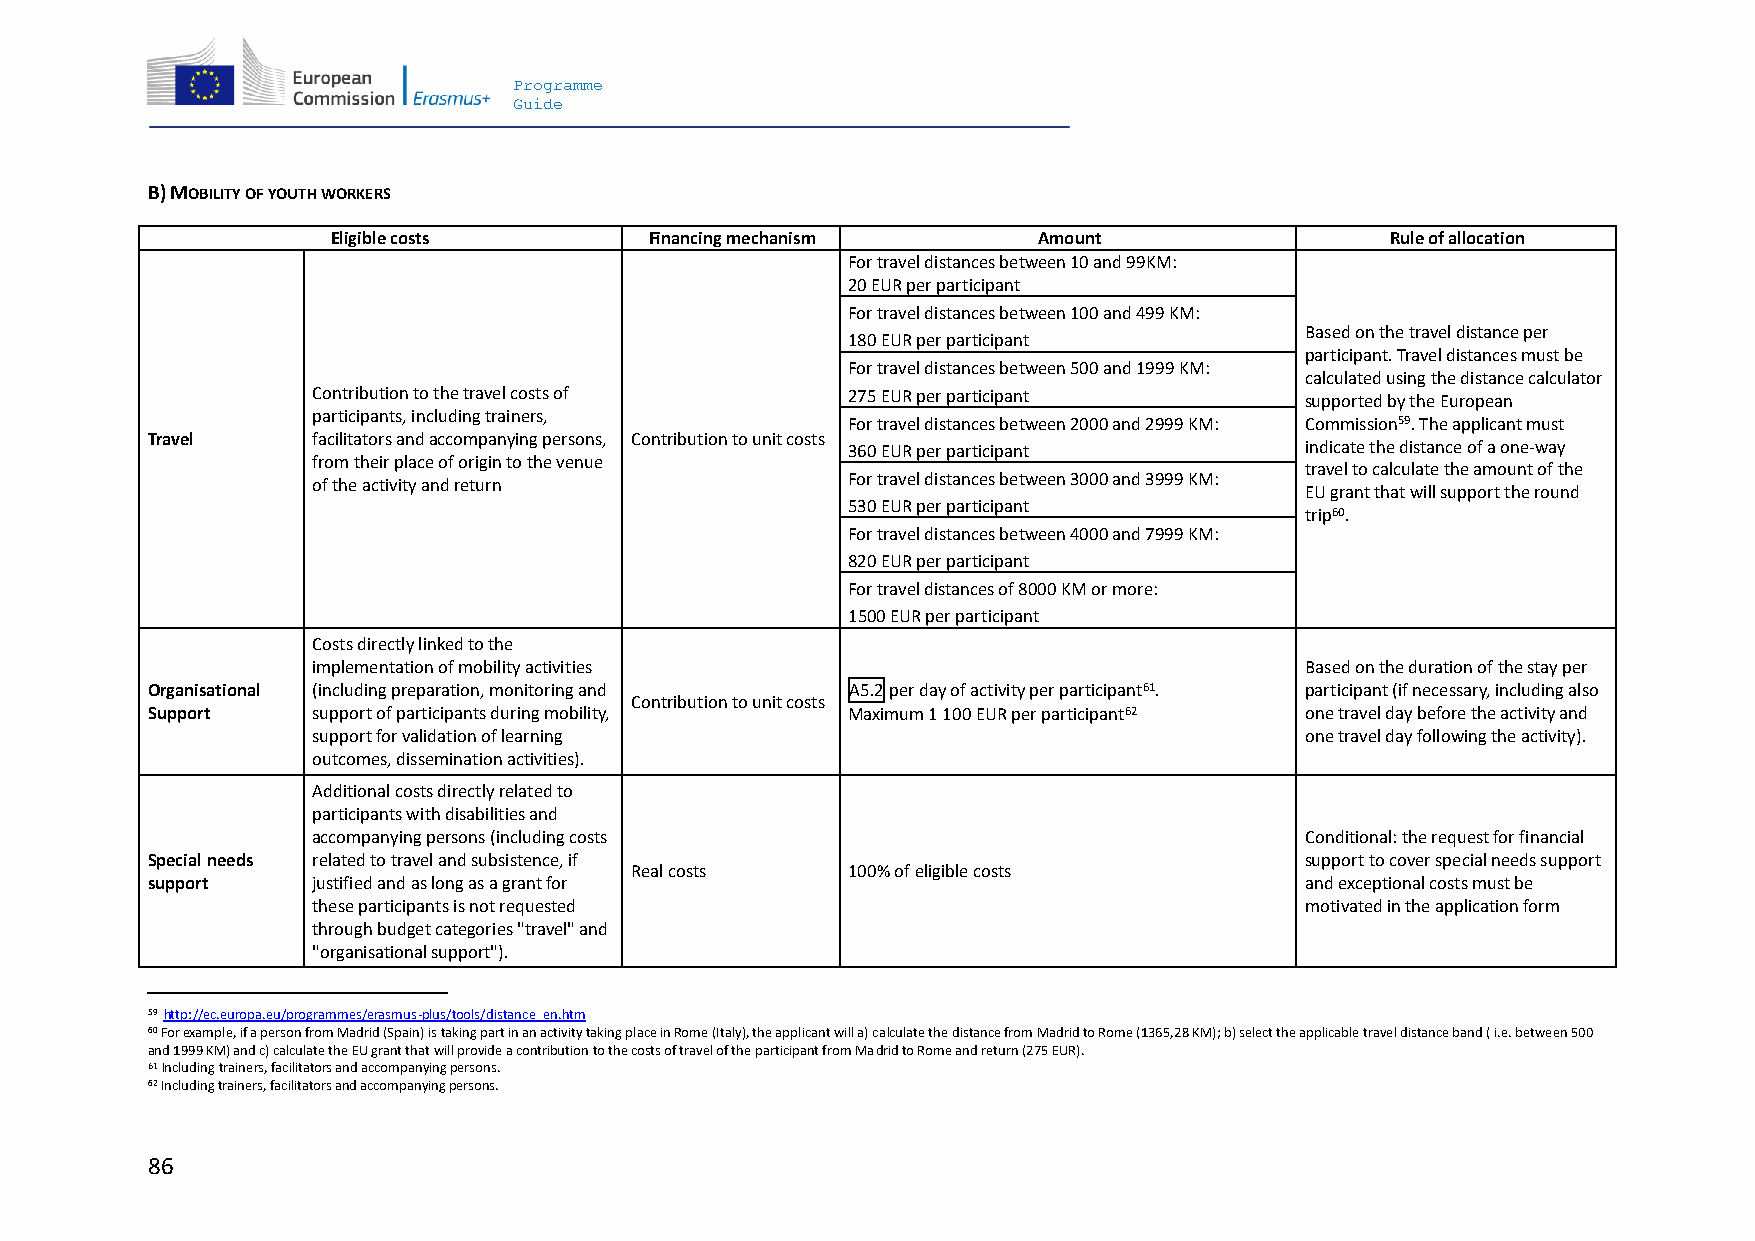
Programme
 Guide
 B) MOBILITY OF YOUTH WORKERS
 Eligible costs       Financing mechanism       Amount                 Rule of allocation
 For travel distances between 10 and 99KM:
 20 EUR per participant
 For travel distances between 100 and 499 KM:
 Based on the travel distance per
 180 EUR per participant
 participant. Travel distances must be
 For travel distances between 500 and 1999 KM:
 calculated using the distance calculator
 Contribution to the travel costs of 275 EUR per participant      supported by the European
 participants, including trainers,
 For travel distances between 2000 and 2999 KM: Commission59. The applicant must
 Travel     facilitators and accompanying persons, Contribution to unit costs
 360 EUR per participant       indicate the distance of a one-way
 from their place of origin to the venue
 travel to calculate the amount of the
 of the activity and return         For travel distances between 3000 and 3999 KM:
 EU grant that will support the round
 530 EUR per participant
 trip60.
 For travel distances between 4000 and 7999 KM:
 820 EUR per participant
 For travel distances of 8000 KM or more:
 1500 EUR per participant
 Costs directly linked to the
 implementation of mobility activities                            Based on the duration of the stay per
 Organisational (including preparation, monitoring and A5.2 per day of activity per participant61. participant (if necessary, including also
 Contribution to unit costs
 Support    support of participants during mobility, Maximum 1 100 EUR per participant62 one travel day before the activity and
 support for validation of learning                               one travel day following the activity).
 outcomes, dissemination activities).
 Additional costs directly related to
 participants with disabilities and
 accompanying persons (including costs                            Conditional: the request for financial
 Special needs related to travel and subsistence, if                         support to cover special needs support
 Real costs    100% of eligible costs
 support    justified and as long as a grant for                             and exceptional costs must be
 these participants is not requested                              motivated in the application form
 through budget categories "travel" and
 "organisational support").
 59 http://ec.europa.eu/programmes/erasmus-plus/tools/distance_en.htm
 60 For example, if a person from Madrid (Spain) is taking part in an activity taking place in Rome (Italy), the applicant will a) calculate the distance from Madrid to Rome (1365,28 KM); b) select the applicable travel distance band ( i.e. between 500
 and 1999 KM) and c) calculate the EU grant that will provide a contribution to the costs of travel of the participant from Madrid to Rome and return (275 EUR).
 61 Including trainers, facilitators and accompanying persons.
 62 Including trainers, facilitators and accompanying persons.
 86